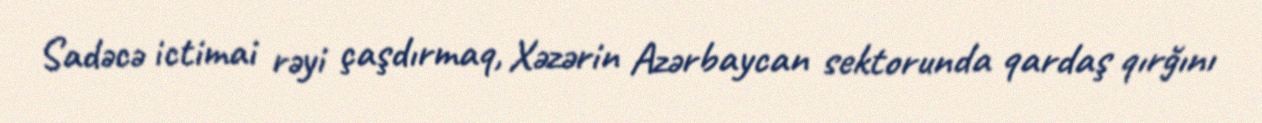
Sadəcə ictimai rəyi çaşdırmaq, Xəzərin Azərbaycan sektorunda qardaş qırğını